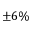
\pm 6 \%